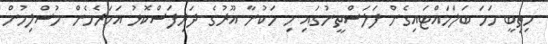
މިތިބީ ހަމަ ބަލަހައްޓައިގެން ފަލަސްތީނުގައި މި މަކުނާ އޫރުގެ ދަރިފަސްކޮޅު އަހަރެމެން މުސްލިމުން